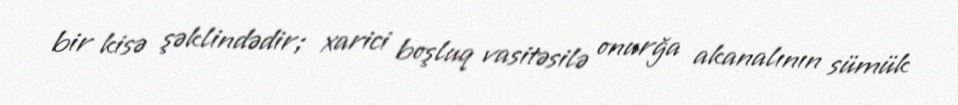
bir kisə şəklindədir; xarici boşluq vasitəsilə onurğa akanalının sümük